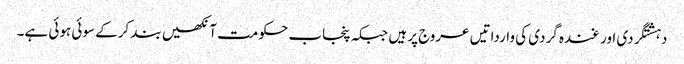
دہشتگردی اور غندہ گردی کی وارداتیں عروج پر ہیں جبکہ پنجاب حکومت آنکھیں بند کرکے سوئی ہوئی ہے۔